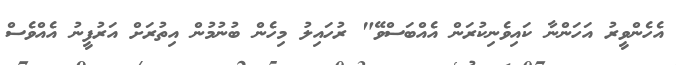
އެހެންވީރު އަހަންނާ ކައިވެނިކުރަން އެއްބަސްވޭ" ރުހައިލު މިހެން ބުނުމުން އިތުރަށް އަރުފީނު އެއްވެސް